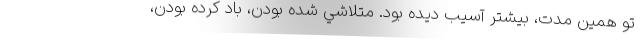
تو همين مدت، بيشتر آسيب ديده بود. متلاشي شده بودن، باد كرده بودن،